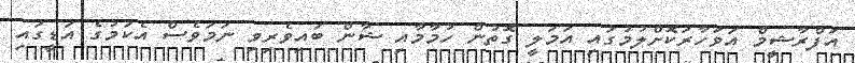
އަފްރާޝީމް އަވަހާރަކޮށްލުމުގައި އަމަލީ ގޮތުން ހުމާމާއި ޝާން ބައިވެރިވި ނަމަވެސް އެކަމުގެ އަޑީގައި